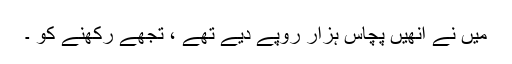
میں نے انھیں پچاس ہزار روپے دیے تھے ، تجھے رکھنے کو ۔